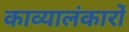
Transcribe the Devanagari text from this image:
काव्यालंकारों